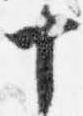
十